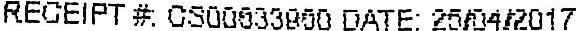
RECEIPT # CS00633950 DATE: 25/04/2017